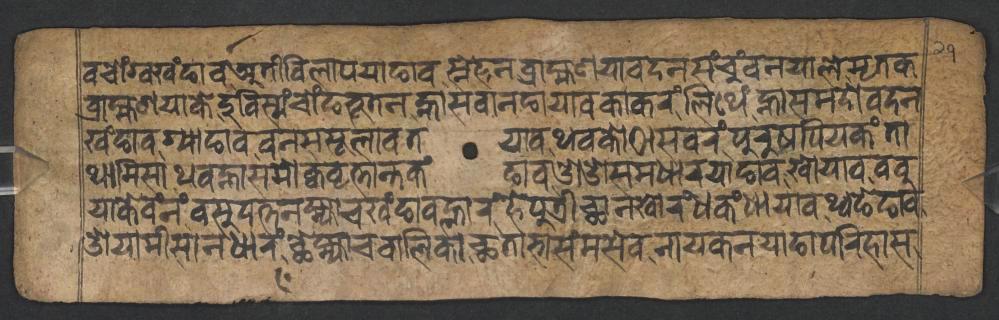
𑐰𑐔𑑀𑑄𑐐𑑂𑐰𑐏𑑄𑐒𑐵𑐰𑐀𑐟𑐷𑐰𑐶𑐮𑐵𑐥𑐫𑐵𑐒𑐵𑐰𑐳𑑂𑐣𑐾𑐴𑐾𑐣𑐧𑑂𑐬𑐵𑐴𑑂𑐩𑐞𑐫𑐵𑐰𑐡𑐣𑐳𑑄𑐔𑐸𑑄𑐧𑐣𑐫𑐵𑐮𑐾𑐩𑐺𑐟𑐎 𑐧𑑂𑐬𑐵𑐴𑑂𑐩𑐞𑐫𑐵𑐎𑐾𑐡𑐸𑐧𑐶𑐳𑑂𑐫𑑄𑐔𑑀𑑄𑐒𑐨𑐹𑐟𑐣𑐣𑑂𑐴𑐵𑐳𑐰𑐵𑐣𑐒𑐵𑐫𑐵𑐰𑐎𑐵𑐎𑐬𑑄𑐮𑐶𑐠𑐾𑑄𑐣𑑂𑐴𑐵𑐳𑐩𑐡𑑀𑐰𑐡𑐣 𑐏𑑄𑐒𑐵𑐰𑐐𑑂𑐫𑐵𑐒𑐵𑐰𑐰𑐣𑐳𑐳𑐹𑐮𑐵𑐰𑐟𑐫𑐵𑐰𑐠𑐰𑐎𑑀𑐛𑐵𑐳𑐰𑐬𑑄𑐥𑐸𑐬𑐸𑐲𑐥𑐶𑐫𑐎𑑄𑐟𑐵 𑐠𑐵𑐩𑐶𑐳𑐵𑐠𑐰𑐣𑑂𑐴𑐵𑐳𑐩𑑀𑐎𑑂𑐰𑐰𑐺𑐟𑑂𑐟𑐵𑐣𑑂𑐟𑐎𑑄𑐒𑐵𑐰𑐌𑐌𑐳𑐩𑐢𑐵𑐬𑐫𑐵𑐒𑐵𑐰𑐏𑑀𑐫𑐵𑐰𑐧𑐧𑐸 𑐫𑐵𑐎𑐾𑐰𑑄𑐣𑑄𑐰𑐳𑐸𑐡𑐟𑑂𑐟𑐣𑐩𑑂𑐴𑑂𑐫𑐵𑐔𑐏𑑄𑐒𑐵𑐰𑐮𑑂𑐴𑐵𑐬𑑄𑐴𑐾𑐥𑐸𑐟𑑂𑐬𑐷𑐕𑐵𑐣𑐏𑑀𑐬𑑄𑐢𑐎𑑄𑐢𑐵𑐫𑐵𑐰𑐠𑑂𑐰𑐒𑐾𑐒𑐵𑐰 𑐌𑐫𑐵𑐩𑐷𑐳𑐵𑐣𑐢𑐵𑐬𑑄𑐕𑐾𑐩𑑂𑐴𑑂𑐫𑐵𑐔𑐧𑐵𑐮𑐶𑐎𑐵𑐕𑐟𑐵𑐨𑐵𑐳𑑄𑐩𑐳𑐾𑐰𑐣𑐵𑐫𑐎𑐣𑐫𑐵𑐒𑐵𑐥𑐬𑐶𑐴𑐵𑐳